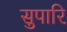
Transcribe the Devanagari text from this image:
सुपारि